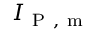
I _ { \mathrm { ~ P ~ , ~ m ~ } }